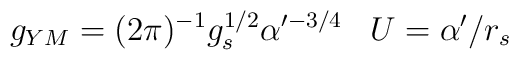
g_{YM}=(2\pi)^{-1}g_s^{1/2}\alpha^{\prime-3/4}\;\;\;U=\alpha^{\prime}/r_s